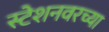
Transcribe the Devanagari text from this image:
स्टेशनवरच्या